Document type: Emphyteutic lease
Year: 1316
Scribe: Guillem de Vila
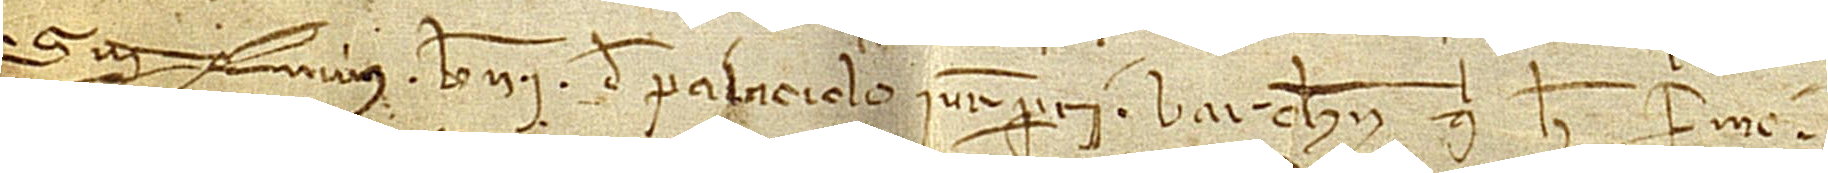
Sig+num Berengarii de Palaciolo, iurisperiti Barchinone, qui hec firmo.